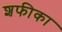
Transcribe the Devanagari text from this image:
शफीका